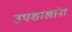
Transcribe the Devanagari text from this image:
उपशाखांना